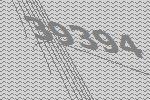
39394